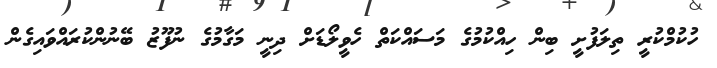
ހުކުމްކުރީ ތިލަފުށީ ބިން ހިއްކުމުގެ މަސައްކަތް ހެވީލޯޑަށް ދިނީ މަގާމުގެ ނުފޫޒު ބޭނުންކުރައްވައިގެން